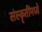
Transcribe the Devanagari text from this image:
संस्कॄतींमध्ये